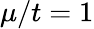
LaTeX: \mu/t=1